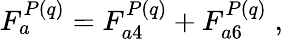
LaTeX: F_{a}^{P(q)}=F_{a4}^{P\left(q\right)}+F_{a6}^{P(q)}\; ,